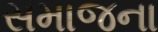
સમાજના